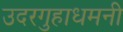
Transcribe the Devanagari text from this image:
उदरगुहाधमनी